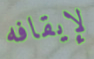
لإيقافه